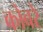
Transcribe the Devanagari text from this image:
कोबरे